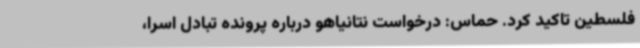
فلسطین تاکید کرد. حماس: درخواست نتانیاهو درباره پرونده تبادل اسرا،